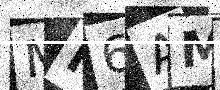
Text: MN6AM6